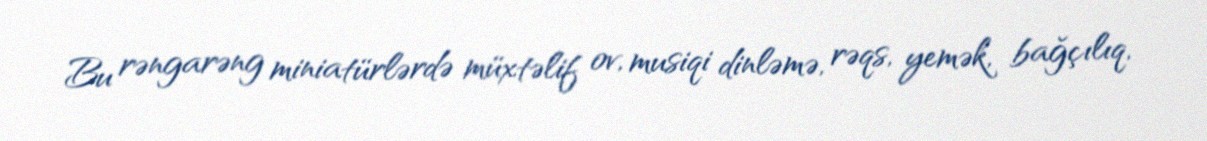
Bu rəngarəng miniatürlərdə müxtəlif ov, musiqi dinləmə, rəqs, yemək, bağçılıq,